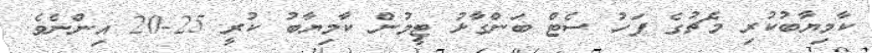
ކާމިޔާބުކުރި މެޗުގެ ފަހު ސެޓް ބަންގާޅު ޓީމުން ކާމިޔާބު ކުރީ 25-20 އިންނެވެ.